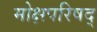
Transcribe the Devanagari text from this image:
मोक्षपरिषद्